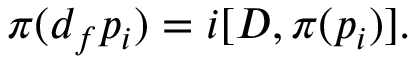
\pi ( d _ { f } p _ { i } ) = i [ D , \pi ( p _ { i } ) ] .